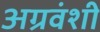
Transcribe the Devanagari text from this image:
अग्रवंशी